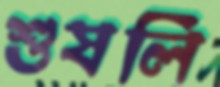
শুষলি